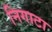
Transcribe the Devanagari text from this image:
निगाटा